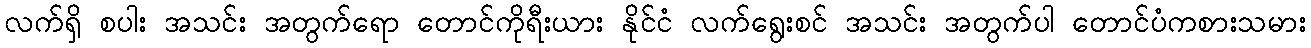
လက်ရှိ စပါး အသင်း အတွက်ရော တောင်ကိုရီးယား နိုင်ငံ လက်ရွေးစင် အသင်း အတွက်ပါ တောင်ပံကစားသမား